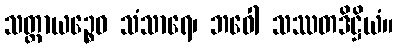
သတ္တာယဉ္စေဝ သံသာရေ၊ ဘဝေါ သဿတဒိဋ္ဌိယံ။